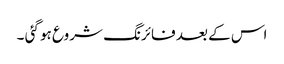
اس کے بعد فائرنگ شروع ہو گئی ۔